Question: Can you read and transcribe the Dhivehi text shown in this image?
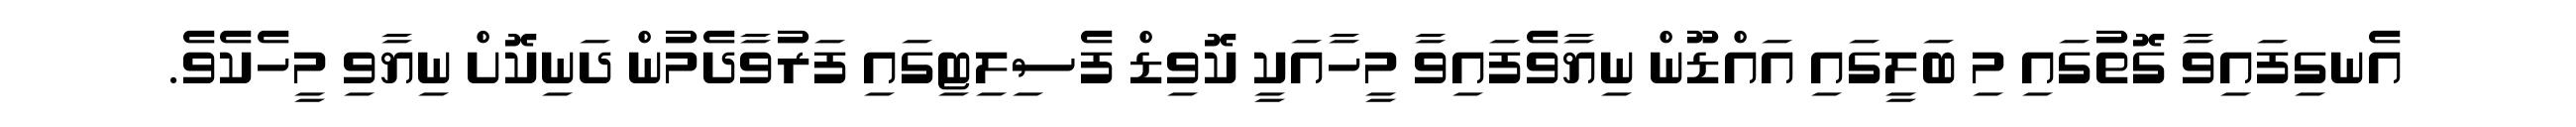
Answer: އެނގިފައިވާ ގޮތުގައި މި ބަލީގައި އައްޑޫން ނިޔާވެފައިވާ މީހާއަކީ ކޮވިޑް ފެސިލިޓިގައި ފަރުވާދެމުން ދަނިކޮށް ނިޔާވި މީހެކެވެ.